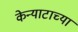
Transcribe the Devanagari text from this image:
केन्याटाच्या